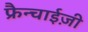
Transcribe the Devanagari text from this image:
फ्रैन्चाईज़ी